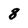
Character: 8